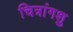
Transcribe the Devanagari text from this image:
चित्रांगशु